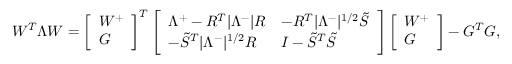
W ^ { T } \Lambda W = \left[ \begin{array} { l } { W ^ { + } } \\ { G } \end{array} \right] ^ { T } \left[ \begin{array} { l l } { \Lambda ^ { + } - R ^ { T } | \Lambda ^ { - } | R } & { - R ^ { T } | \Lambda ^ { - } | ^ { 1 / 2 } \tilde { S } } \\ { - \tilde { S } ^ { T } | \Lambda ^ { - } | ^ { 1 / 2 } R } & { I - \tilde { S } ^ { T } \tilde { S } } \end{array} \right] \left[ \begin{array} { l } { W ^ { + } } \\ { G } \end{array} \right] - G ^ { T } G ,